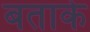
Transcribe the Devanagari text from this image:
बताके